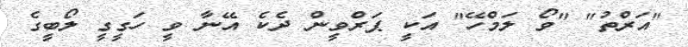
"އަރްތު" "ވޯ ލަމްހޭ" އަކީ ޕަރްވީން ދެކެ އޭނާ ވީ ހަގީގީ ލޯބީގެ